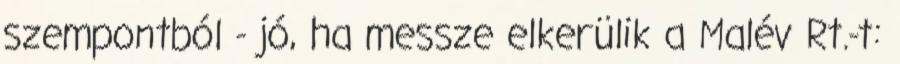
szempontból - jó, ha messze elkerülik a Malév Rt.-t: